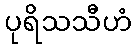
ပုရိသသီဟံ